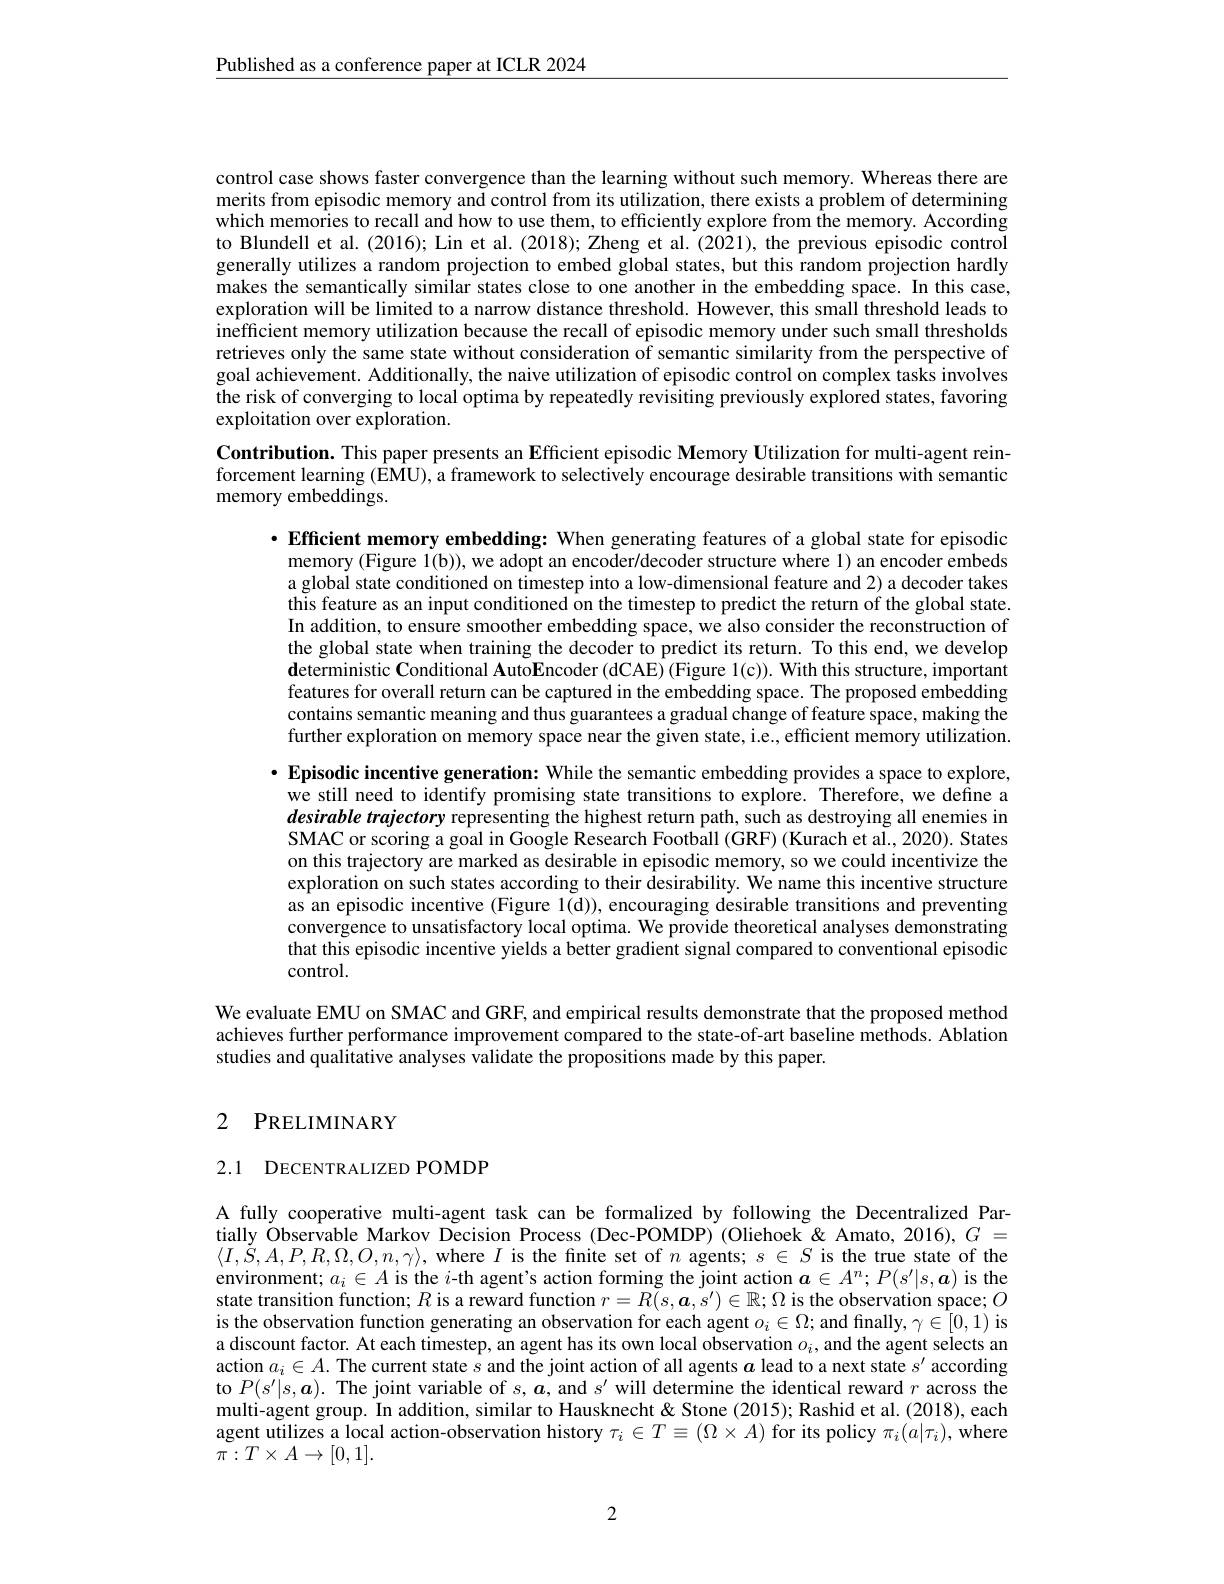
$\underline{\text{Published as a conference paper at ICLR 2024}}$

control case shows faster convergence than the learning without such memory. Whereas there are merits from episodic memory and control from its utilization, there exists a problem of determining which memories to recall and how to use them, to efficiently explore from the memory. According to Blundell et al. (2016); Lin et al. (2018); Zheng et al. (2021), the previous episodic control generally utilizes a random projection to embed global states, but this random projection hardly makes the semantically similar states close to one another in the embedding space. In this case, exploration will be limited to a narrow distance threshold. However, this small threshold leads to inefficient memory utilization because the recall of episodic memory under such small thresholds retrieves only the same state without consideration of semantic similarity from the perspective of goal achievement. Additionally, the naive utilization of episodic control on complex tasks involves the risk of converging to local optima by repeatedly revisiting previously explored states, favoring exploitation over exploration.

Contribution. This paper presents an Efficient episodic Memory Utilization for multi-agent reinforcement learning (EMU), a framework to selectively encourage desirable transitions with semantic memory embeddings.

$\cdot$ Efficient memory embedding: When generating features of a global state for episodic memory (Figure 1(b)), we adopt an encoder/decoder structure where 1) an encoder embeds a global state conditioned on timestep into a low-dimensional feature and 2) a decoder takes this feature as an input conditioned on the timestep to predict the return of the global state In addition, to ensure smoother embedding space, we also consider the reconstruction of the global state when training the decoder to predict its return. To this end, we develop $\mathbf{d}$eterministic Conditional AutoEncoder (dCAE) (Figure 1(c)). With this structure, important features for overall return can be captured in the embedding space. The proposed embedding contains semantic meaning and thus guarantees a gradual change of feature space, making the further exploration on memory space near the given state, i.e., effcient memory utilization.

$\cdot$ Episodic incentive generation: While the semantic embedding provides a space to explore,
we still need to identify promising state transitions to explore. Therefore, we define a desirable trajectory representing the highest return path, such as destroying all enemies in SMAC or scoring a goal in Google Research Football (GRF) (Kurach et al., 2020). States on this trajectory are marked as desirable in episodic memory, so we could incentivize the exploration on such states according to their desirability. We name this incentive structure as an episodic incentive (Figure 1(d)), encouraging desirable transitions and preventing convergence to unsatisfactory local optima. We provide theoretical analyses demonstrating that this episodic incentive yields a better gradient signal compared to conventional episodic control.

We evaluate EMU on SMAC and GRF, and empirical results demonstrate that the proposed method achieves further performance improvement compared to the state-of-art baseline methods. Ablation studies and qualitative analyses validate the propositions made by this paper.

# 2 PRELIMINARY

2.1 DECENTRALIZED POMDP

A fully cooperative multi-agent task can be formalized by following the Decentralized Partially Observable Markov Decision Process (Dec-POMDP) (Oliehoek & Amato, 2016), $G=$ $\langle I,\dot{S},A,P,R,\Omega,O,n,\gamma\rangle$, where $I$ is the finite set of $n$ agents; $s\in S$ is the true state of the environment; $a_i\in A$ is the $i$-th agent's action forming the joint action $a\in A^n;P(s^\prime|s,\boldsymbol{a})$ is the state transition function; $R$ is a reward function $r=\bar R(s,\boldsymbol{a},s^{\prime})\in\mathbb{R};\Omega$ is the observation space; $O$ is the observation function generating an observation for each agent $o_i\in\Omega;$ and finally, $\gamma\in[0,1)$ is a discount factor. At each timestep, an agent has its own local observation $o_i$, and the agent selects an action $a_i\in A.$ The current state $s$ and the joint action of all agents $a$ lead to a next state $s^\prime$ according to $P(s^\prime|s,\boldsymbol{a}).$ The joint variable of $s,\boldsymbol{a},\boldsymbol{a}$, and $s^\prime$ will determine the identical reward $r$ across the multi-agent group. In addition, similar to Hausknecht & Stone (2015); Rashid et al. (2018), each agent utilizes a local action-observation history $\tau_i\in T\equiv(\Omega\times A)$ for its policy $\pi_i(a|\tau_i)$, where $\bar{\pi}:T\times A\to[0,1].$

2